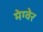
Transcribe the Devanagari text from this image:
मेग्वेर